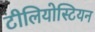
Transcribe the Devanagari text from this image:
टीलियोस्टियन